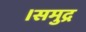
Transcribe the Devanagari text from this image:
।समुद्र